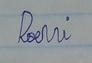
Signature authenticity: forged